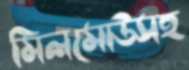
মিলমোউসহ